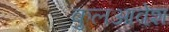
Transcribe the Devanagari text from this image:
कुलआवेश